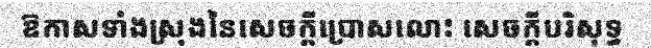
ឱកាសទាំងស្រុងនៃសេចក្តីប្រោសលោះ សេចក្តីបរិសុទ្ធ